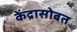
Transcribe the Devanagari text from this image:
केंद्रासोबत